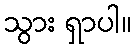
သွား ရှာပါ။